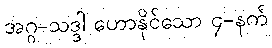
အဂ္ဂ-သဒ္ဒါ ဟောနိုင်သော ၄-နက်